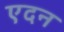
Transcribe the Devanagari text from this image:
एदन